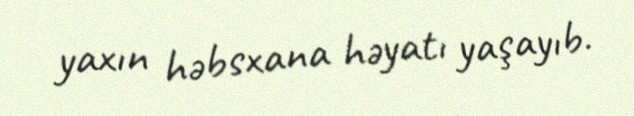
yaxın həbsxana həyatı yaşayıb.